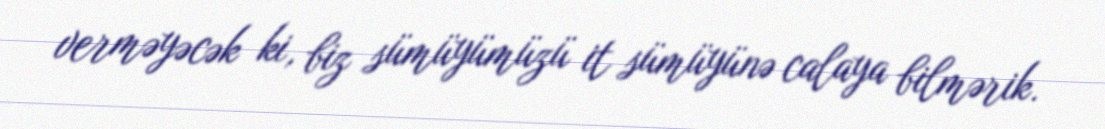
verməyəcək ki, biz sümüyümüzü it sümüyünə calaya bilmərik.